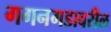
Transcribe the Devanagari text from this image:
गगनगडावरील